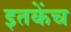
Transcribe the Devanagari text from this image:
इतकेंच